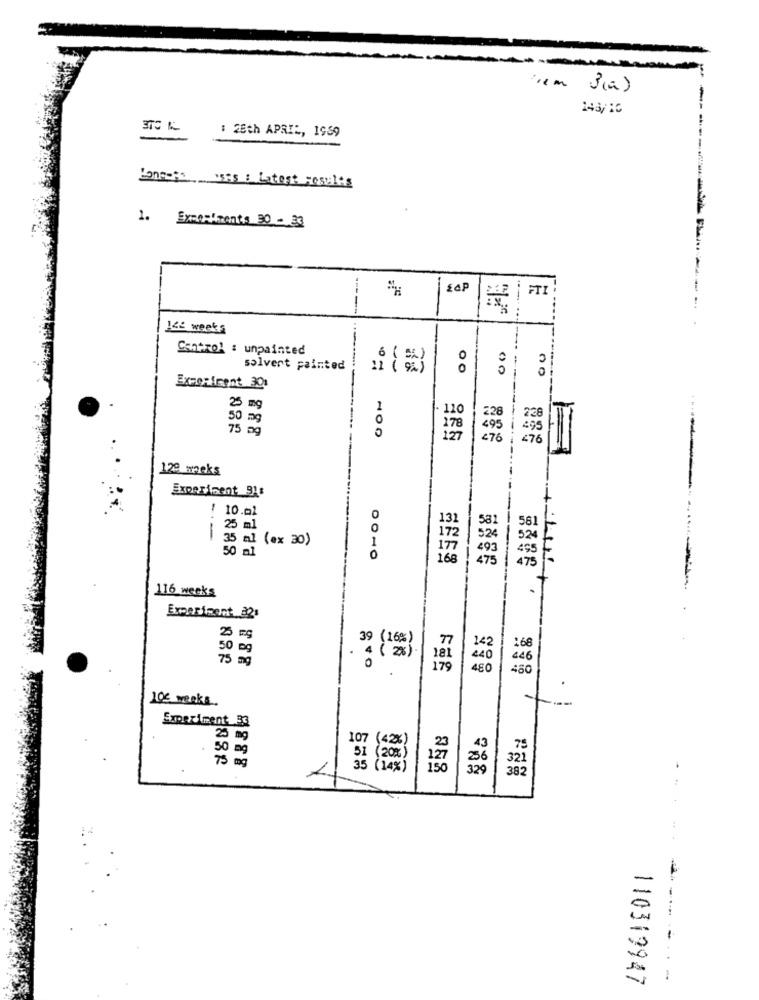
3(a)
-
143/10
: 26th APRIL, 1959
Jongens _ uses : Latest results
1. Exmoaliments 30 - 33
---
FT
----
145 weeks
Control : unpainted
solvent painted
00
-----
00
Experiment 30:
25 mg
. 110
50
75 0g
H
100
276
120 works
Experiment 31:
10.01
0
13
58
56
1 25 ml
0
35 ml (ex 30)
1
52
524
50 ml
49
499
O
168
475
475
411
116 weeks
Experiment 221
(16%)
50 mg
168
75
4 ( 2%)
486
480
.
105 weeks
-
Experiment 33
25 mg
. 50 mg
79
75 mg
32
...
110319947
......